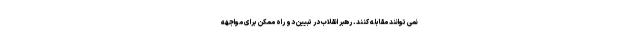
نمی توانند مقابله کنند. رهبر انقلاب در تبیین دو راه ممکن برای مواجهه